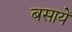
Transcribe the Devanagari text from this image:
बसायें